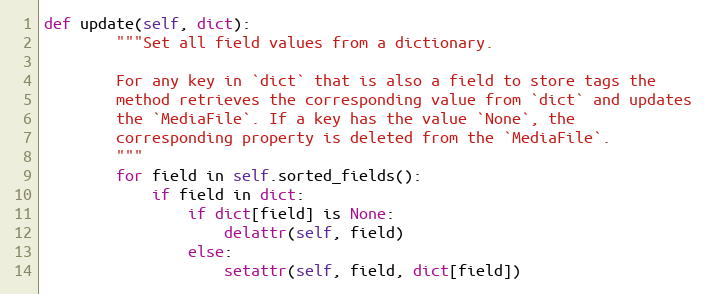
Language: Python
def update(self, dict):
        """Set all field values from a dictionary.

        For any key in `dict` that is also a field to store tags the
        method retrieves the corresponding value from `dict` and updates
        the `MediaFile`. If a key has the value `None`, the
        corresponding property is deleted from the `MediaFile`.
        """
        for field in self.sorted_fields():
            if field in dict:
                if dict[field] is None:
                    delattr(self, field)
                else:
                    setattr(self, field, dict[field])